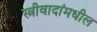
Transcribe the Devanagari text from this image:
स्त्रीवादांमधील